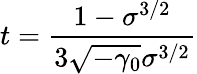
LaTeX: t=\frac{1-\sigma^{3/2}}{3\sqrt{-\gamma_{0}}\sigma^{3/2}}